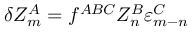
\delta { \cal Z } _ { m } ^ { A } = f ^ { A B C } { \cal Z } _ { n } ^ { B } \varepsilon _ { m - n } ^ { C }